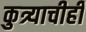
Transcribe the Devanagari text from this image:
कुत्र्याचीही